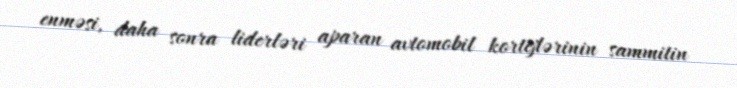
enməsi, daha sonra liderləri aparan avtomobil kortejlərinin sammitin